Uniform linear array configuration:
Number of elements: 24
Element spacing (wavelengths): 0.25
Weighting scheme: kaiser
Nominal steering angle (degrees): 15
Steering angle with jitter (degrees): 16.922
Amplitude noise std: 0.05
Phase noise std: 0.05

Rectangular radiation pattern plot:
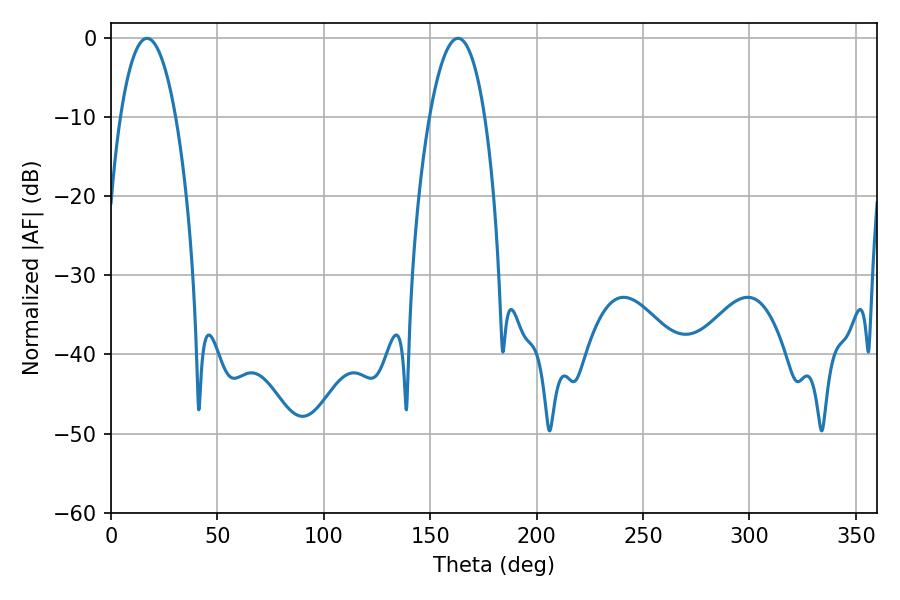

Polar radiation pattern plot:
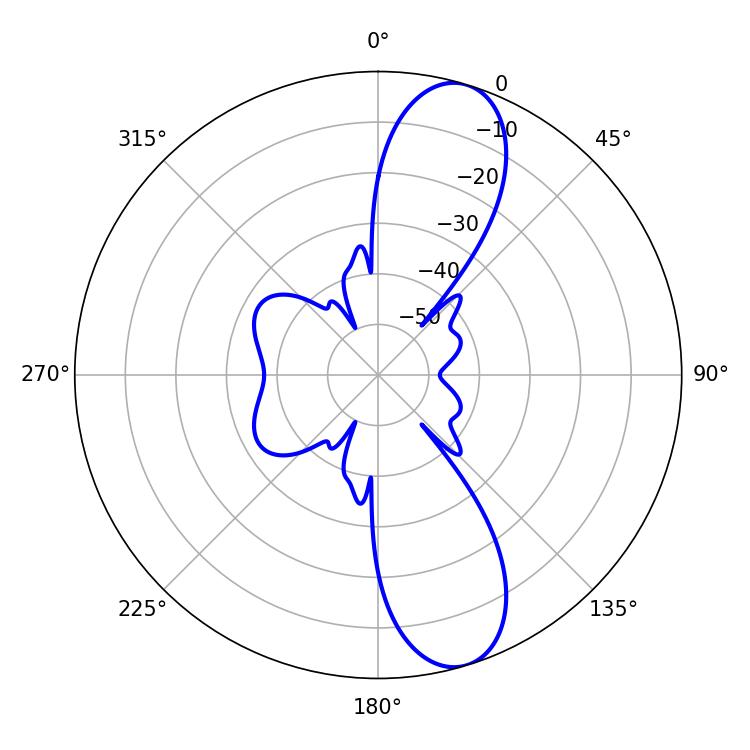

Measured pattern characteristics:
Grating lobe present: FALSE
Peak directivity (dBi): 11.037
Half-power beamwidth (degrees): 14.4
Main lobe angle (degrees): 16.92